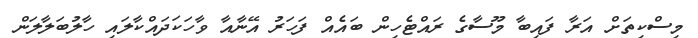
މިސްކިތަށް އަރާ ފައިބާ މޫސާގެ ރައްޓެހިން ބައެއް ފަހަރު އޭނާއާ ވާހަކަދައްކާލައި ހާލުބަލާލަން